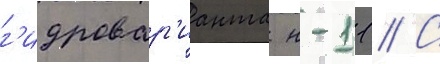
г'идровар'ианта н-11 // С